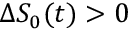
\Delta S _ { 0 } ( t ) > 0